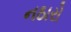
નઠારો